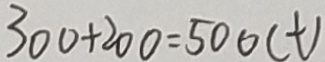
3 0 0 + 2 0 0 = 5 0 0 ( t )